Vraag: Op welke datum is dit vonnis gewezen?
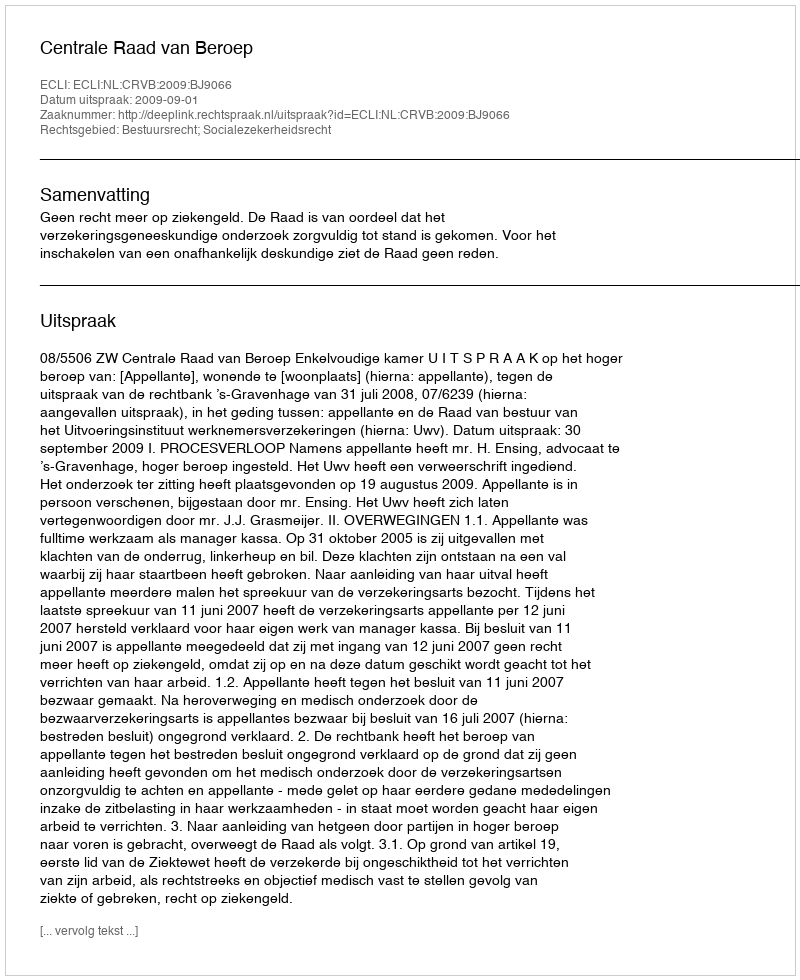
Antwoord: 2009-09-01